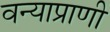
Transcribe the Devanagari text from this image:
वन्याप्राणी